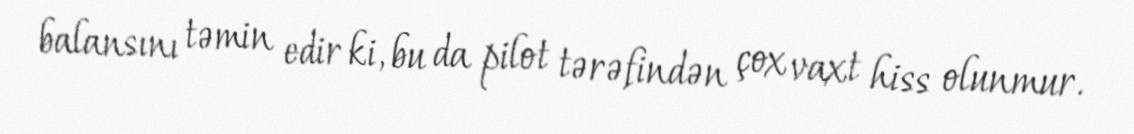
balansını təmin edir ki, bu da pilot tərəfindən çox vaxt hiss olunmur.